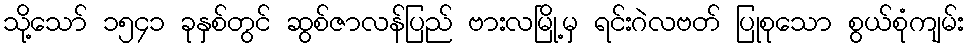
သို့သော် ၁၅၄၁ ခုနှစ်တွင် ဆွစ်ဇာလန်ပြည် ဗားလမြို့မှ ရင်းဂဲလဗတ် ပြုစုသော စွယ်စုံကျမ်း